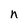
Character: n